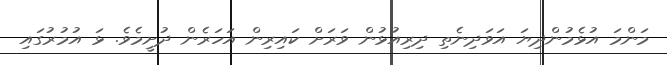
މަންމަ އުޅެމުންދިޔަ އަވަދިނެތި ދިރިއުޅުން ވަރަށް ކައިރިން އަހަރެން ދުށީމެވެ. ޅަ އުމުރުގައި